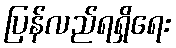
ပြန်လည်ရရှိရေး